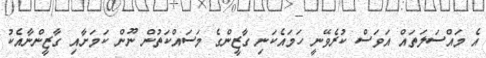
އެ މައްސަލަތައް އަވަސް ކުރެވޭނީ ހަމައެކަނި ގާޒީންގެ މަސައްކަތުން ނޫން ކަމަށާއި ގާޒީންނާއެކު